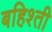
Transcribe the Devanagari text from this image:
बहिश्ती